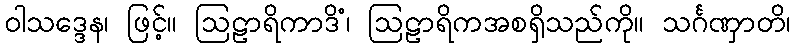
ဝါသဒ္ဒေန၊ ဖြင့်။ ဩဠာရိကာဒိံ၊ ဩဠာရိကအစရှိသည်ကို။ သင်္ဂဏှာတိ၊